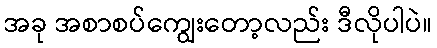
အခု အစာစပ်ကျွေးတော့လည်း ဒီလိုပါပဲ။